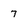
Character: 7